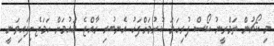
މި ކޯޗުން ތަމްރީނު ކޯސް ފުރިހަމަ ކުރުމަށްފަހު އެނބުރި ރާއްޖެ އައުމަށް ހަމަޖެހިފައިވަނީ